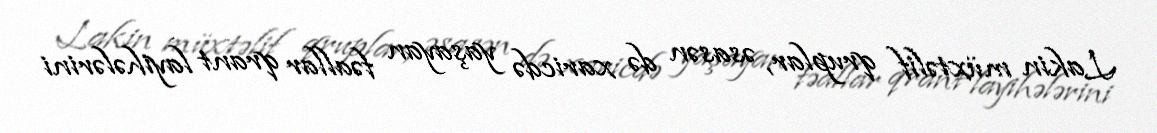
Lakin müxtəlif qruplar, əsasən də xaricdə yaşayan fəallar qrant layihələrini